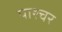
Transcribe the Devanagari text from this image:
पाश्‍चर